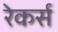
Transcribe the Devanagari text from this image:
रेकर्स